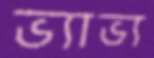
ভ্যাভ্য